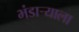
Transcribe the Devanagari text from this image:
भंडार्‍याला